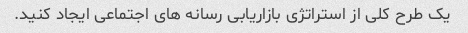
یک طرح کلی از استراتژی بازاریابی رسانه های اجتماعی ایجاد کنید.